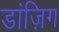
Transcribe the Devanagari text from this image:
डांज़िग